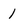
Character: 1